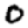
Digit: 0